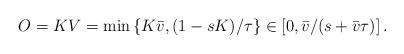
LaTeX: \begin{align*}O=KV=\min\left\{ K\bar{v},(1-sK)/\tau\right\} \in\left[0,\bar{v}/(s+\bar{v}\tau)\right].\end{align*}